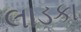
લાડકા